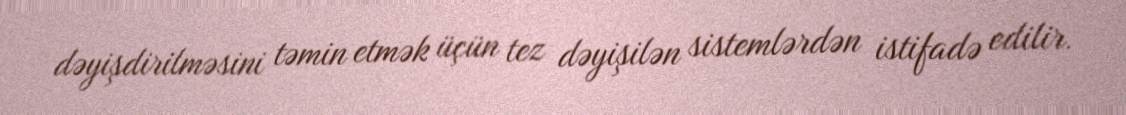
dəyişdirilməsini təmin etmək üçün tez dəyişilən sistemlərdən istifadə edilir.